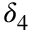
\delta _ { 4 }